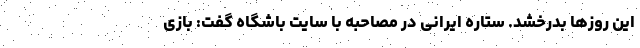
این روزها بدرخشد. ستاره ایرانی در مصاحبه با سایت باشگاه گفت: بازی